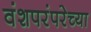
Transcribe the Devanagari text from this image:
वंशपरंपरेच्या